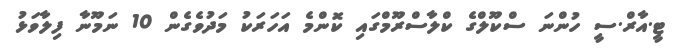
ޓީ.އާރް.ސީ ހުންނަ ސްކޫލްގެ ކްލާސްރޫމްގައި ކޮންމެ އަހަރަކު މަދުވެގެން 10 ނަމޫނާ ފިލާވަޅު